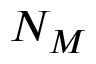
N _ { M }